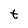
Character: t